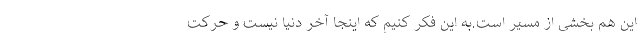
این هم بخشی از مسیر است.به این فکر کنیم که اینجا آخر دنیا نیست و حرکت